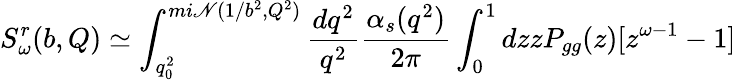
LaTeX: S_{\omega}^{r}(b,Q)\simeq\int_{q_{0}^{2}}^{mi\mathscr{N}(1/b^{2},Q^{2})}{\frac{{dq^{2}}}{{q^{2}}}}{\frac{{\alpha_{s}(q^{2})}}{{2\pi}}}\int_{0}^{1}dzzP_{gg}(z)[z^{\omega-1}-1]